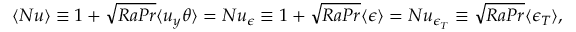
\langle N u \rangle \equiv 1 + \sqrt { R a P r } \langle u _ { y } \theta \rangle = N u _ { \epsilon } \equiv 1 + \sqrt { R a P r } \langle \epsilon \rangle = N u _ { \epsilon _ { T } } \equiv \sqrt { R a P r } \langle \epsilon _ { T } \rangle ,